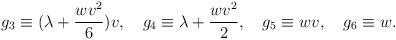
LaTeX: \begin{align*}g_3 \equiv (\lambda + \frac{wv^2}{6})v, \quad g_4 \equiv \lambda + \frac{wv^2}{2}, \quad g_5 \equiv wv, \quad g_6 \equiv w.\end{align*}